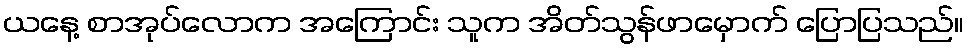
ယနေ့ စာအုပ်လောက အကြောင်း သူက အိတ်သွန်ဖာမှောက် ပြောပြသည်။